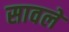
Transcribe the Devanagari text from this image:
सावले